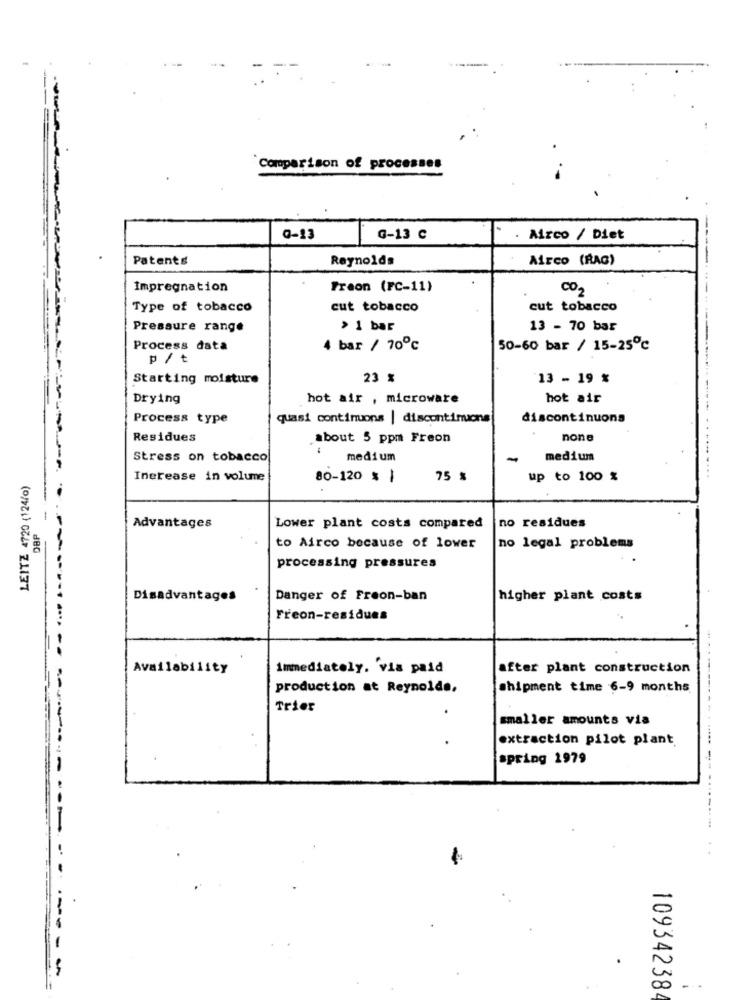
Comparison of processes
Q-13
G-13 C
Airco / Diet
Patents
Reynolds
Airco (RAG)
Impregnation
Freon (FC-11)
CO2
Type of tobacco
cut tobacco
cut tobacco
Pressure range
> 1 bar
13 - 70 bar
Process data
4 bar / 70℃
50-60 bar / 15-25℃
p /t
Starting moisture
23 %
13 - 19 %
Drying
hot air , microware
hot air
Process type
quasi continuons | discontinuons
discontinuons
Residues
about 5 ppm Freon
none
-
Stress on tobacco
medium
-
medium
LEITZ 4720 (124/o)
Inerease in volume
80-120 % |
75 %
up to 100 %
....
-
no residues
DBP
Advantages
Lower plant costs compared
to Airco because of lower
no legal problems
processing pressures
Disadvantages
Danger of Freon-ban
higher plant costs
Freon-residues
------------
Availability
immediately. via paid
after plant construction
production at Reynolds,
shipment time 6-9 months
Trier
smaller amounts via
.
extraction pilot plant
-------
spring 1979
-----
- -
10934238